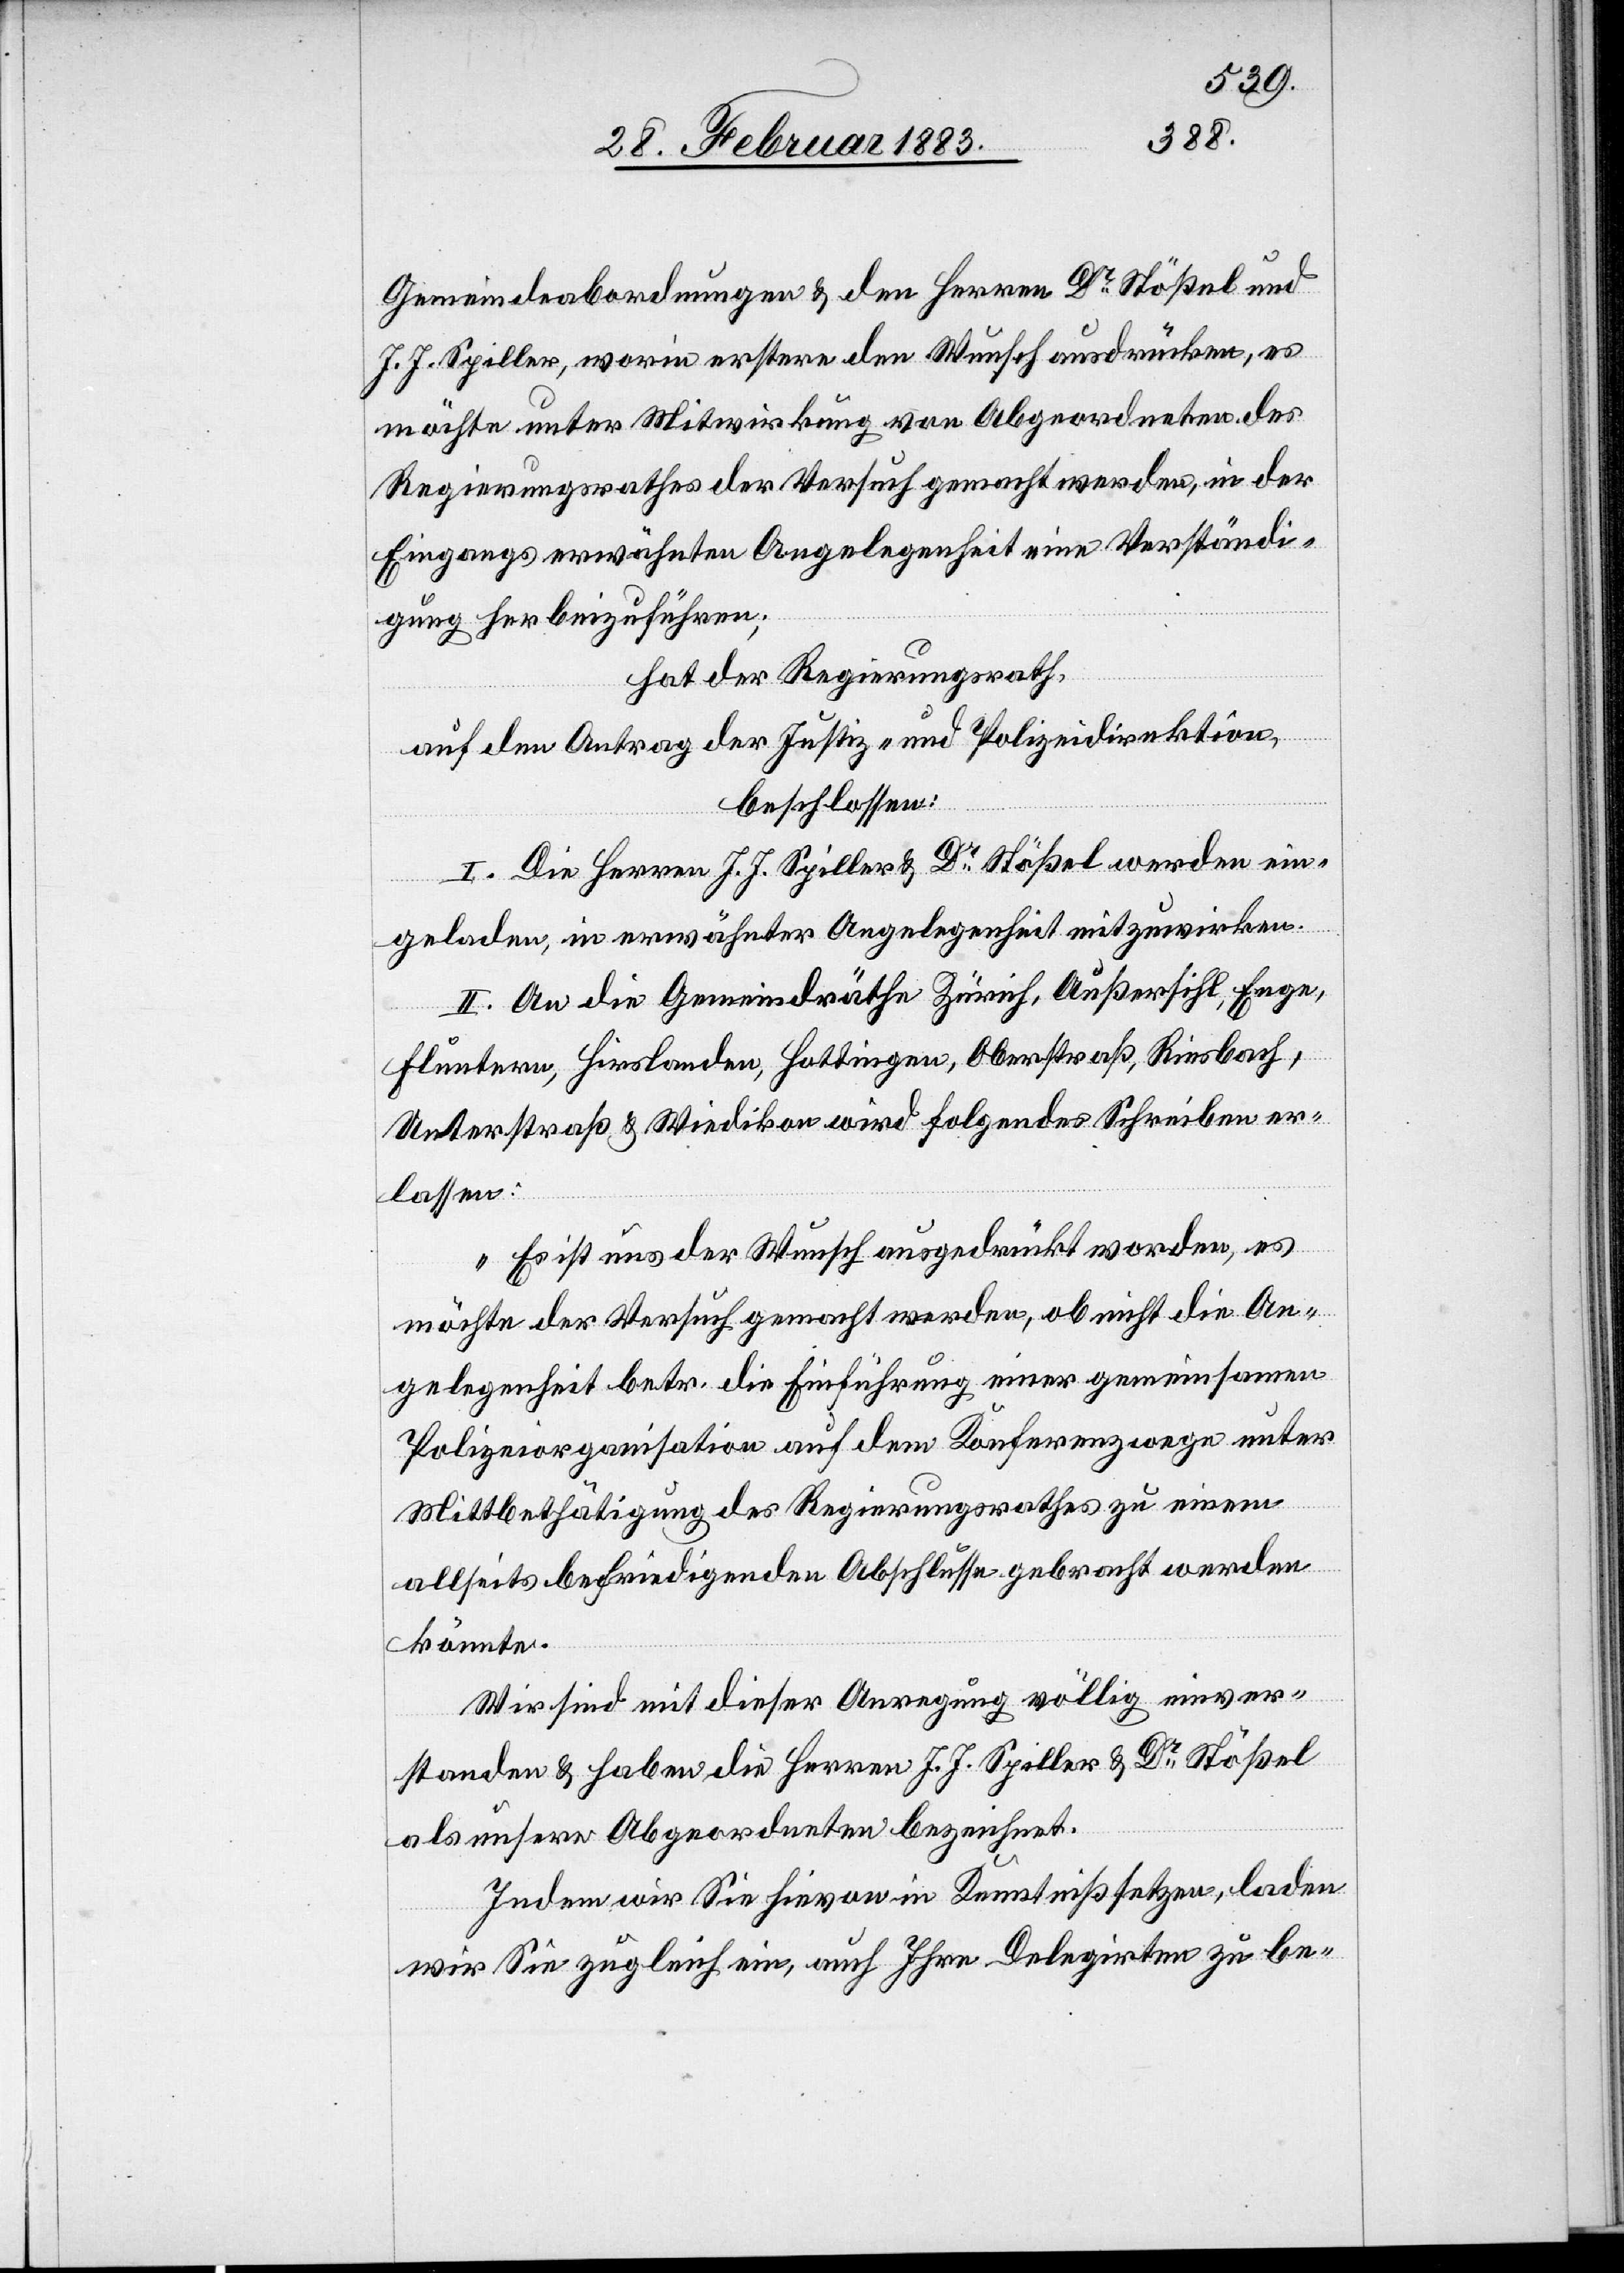
Gemeindeabordnungen & den Herren Dr Stößel und
J. J. Spiller, worin erstere den Wunsch ausdrücken, es
möchte unter Mitwirkung von Abgeordneten des
Regierungsrathes der Versuch gemacht werden, in der
Eingangs erwähnten Angelegenheit eine Verständi¬
gung herbeizuführen;
hat der Regierungsrath,
auf den Antrag der Justiz- & Polizeidirektion,
beschlossen:
I. Die Herren J. J. Spiller & Dr Stößel werden ein¬
geladen, in erwähnter Angelegenheit mitzuwirken.
II. An die Gemeindräthe Zürich, Außersihl, Enge,
Fluntern, Hirslanden, Hottingen, Oberstraß, Riesbach,
Unterstraß & Wiedikon wird folgendes Schreiben er¬
lassen:
„Es ist uns der Wunsch ausgedrückt worden, es
möchte der Versuch gemacht werden, ob nicht die An¬
gelegenheit betr. die Einführung einer gemeinsamen
Polizeiorganisation auf dem Konferenzwege unter
Mittbethätigung [sic!] des Regierungsrathes zu einem
allseits befriedigenden Abschlusse gebracht werden
könnte.
Wir sind mit dieser Anregung völlig einver¬
standen & haben die Herren J. J. Spiller & Dr Stößel
als unsere Abgeordneten bezeichnet.
Indem wir Sie hievon in Kenntniß setzen, laden
wir Sie zugleich ein, auch Ihre Delegirten zu be-